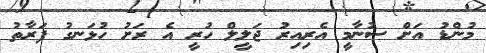
މުންޑު އަށް ސުނާމީ އެރިއިރު ޖަލީލް ހުރީ އެ ރަށު ހުޅަނގު ފަރާތު